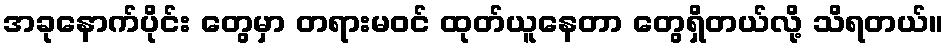
အခုနောက်ပိုင်း တွေမှာ တရားမဝင် ထုတ်ယူနေတာ တွေရှိတယ်လို့ သိရတယ်။